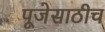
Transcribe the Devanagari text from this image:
पूजेसाठीच